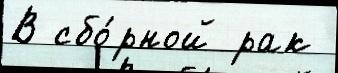
В сбо́рной рак